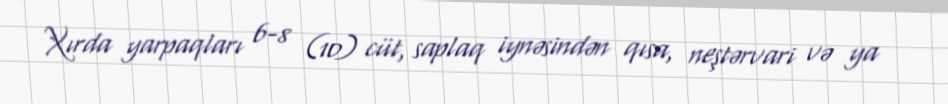
Xırda yarpaqları 6-8 (10) cüt, saplaq iynəsindən qısa, neştərvari və ya